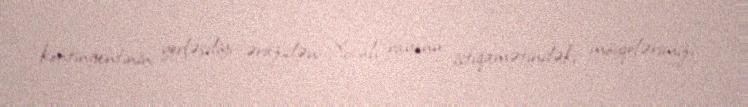
kontingentinin yerləşdiyi ərazidən Xocalı rayonu istiqamətindəki mövqelərimizi